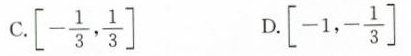
C. \left [ -\frac{1}{3}，\frac{1}{3} \right ] D. \left [ -1，-\frac{1}{3} \right ]